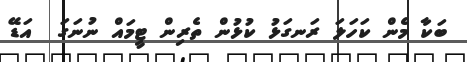
ބަކާ މެން ކަހަލަ ރަނގަޅު ކުޅުން ތެރިން ޓީމައް ނުނަގަ  އަޑޭ